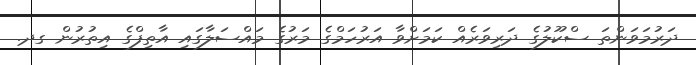
ދަރުމަވަންތަ ސްކޫލުގެ ދަރިވަރެއް ކަމަށްވާ އަރުހަމްގެ މަރުގެ މައްސަލާގައި އާތިިފްގެ އިތުރުން ގދ.